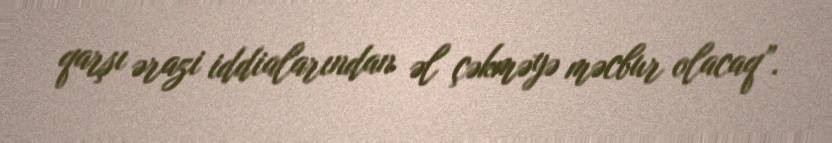
qarşı ərazi iddialarından əl çəkməyə məcbur olacaq”.